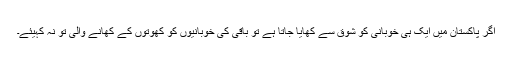
اگر پاکستان میں ایک ہی خوبانی کو شوق سے کھایا جاتا ہے تو باقی کی خوبانیوں کو کھوتوں کے کھانے والی تو نہ کہیئے۔